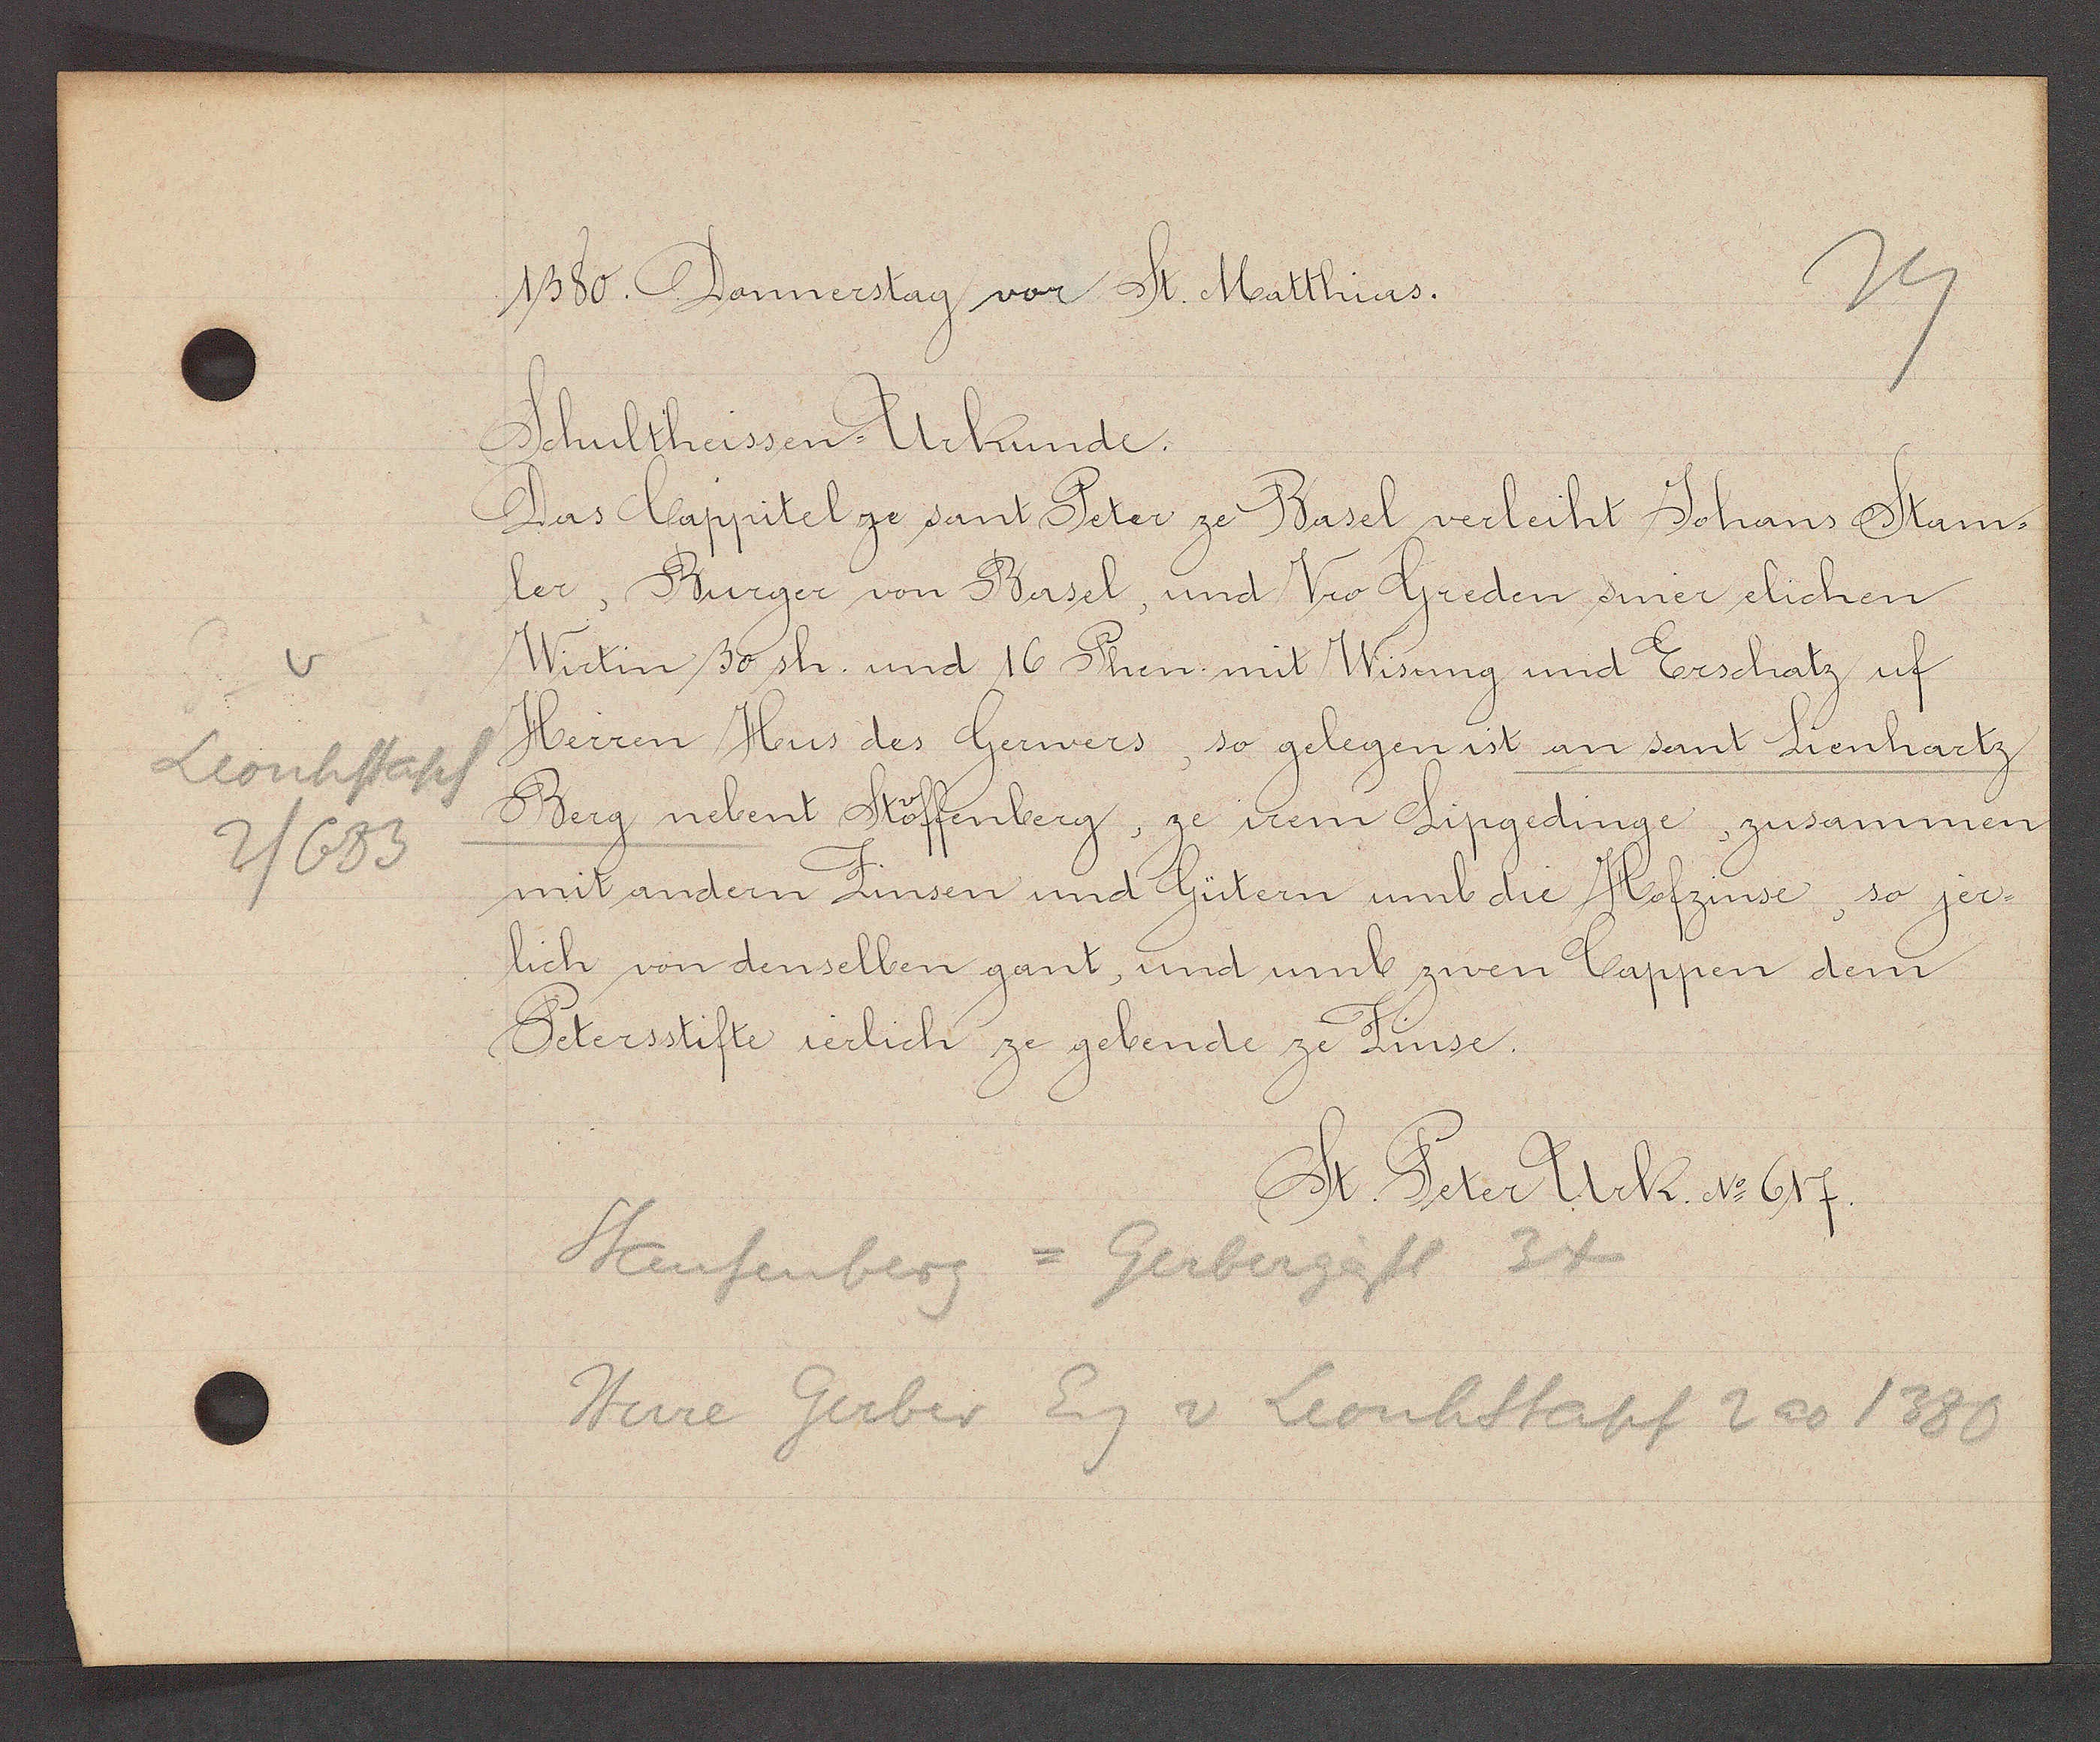
Transcript:
v
Leonhstapf
2/683

1380. Donnerstag vor St. Matthias.

Schultheissen-Urkunde.
Das Cappitel ze sant Peter ze Basel verleiht Johans Stam¬
ler, Burger von Basel, und Vro Greden siner elichen
Wirtin 30 sh. und 16 Phen mit Wisung und Erschatz uf
Herren Hus des Gerwers, so gelegen ist an sant Lienhartz
Berg nebent Stöffenberg, ze irem Lipgedinge, zusammen
mit andern Zinsen und Gütern umb die Hofzinse, so jer¬
lich von denselben gant, und umb zwen Cappen dem
Petersstifte ierlich ze gebende ze Zinse.

St. Peter Urk. No 617.

Staufenberg = Gerbergässl 34
Herre Gerber Eig v Leonhstapf 2 ao 1380